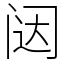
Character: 闼